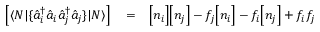
\begin{array} { r l r } { \left[ \langle N | \{ \hat { a } _ { i } ^ { \dagger } \hat { a } _ { i } \hat { a } _ { j } ^ { \dagger } \hat { a } _ { j } \} | N \rangle \right] } & { { } = } & { \Big [ n _ { i } \Big ] \Big [ n _ { j } \Big ] - f _ { j } \Big [ n _ { i } \Big ] - f _ { i } \Big [ n _ { j } \Big ] + f _ { i } f _ { j } } \end{array}